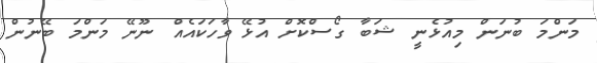
މަންމަ ބުނަން މިއުޅެނީ ޝަބާ ގޯސްކޮށް އުޅޭ ވާހަކައެއް ނޫނޭ މަންމަ ބޭނުން